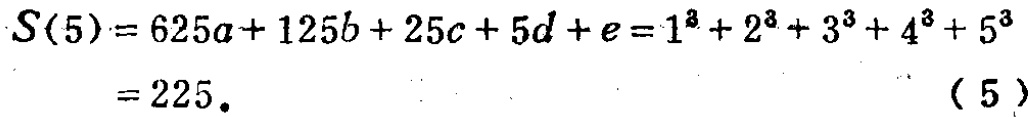
\[
\begin{align*}
S(5)&=625a + 125b + 25c + 5d+e=1^{3}+2^{3}+3^{3}+4^{3}+5^{3}\\
&=225. \tag{5}
\end{align*}
\]